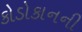
કોડોકાનની